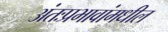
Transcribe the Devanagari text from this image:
अंतःप्रभावांमधील